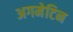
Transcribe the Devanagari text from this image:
अगमेटिन